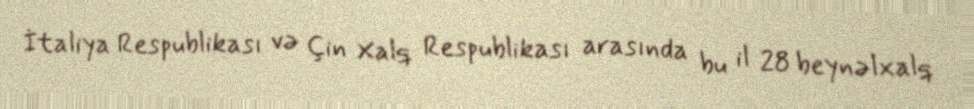
İtaliya Respublikası və Çin Xalq Respublikası arasında bu il 28 beynəlxalq